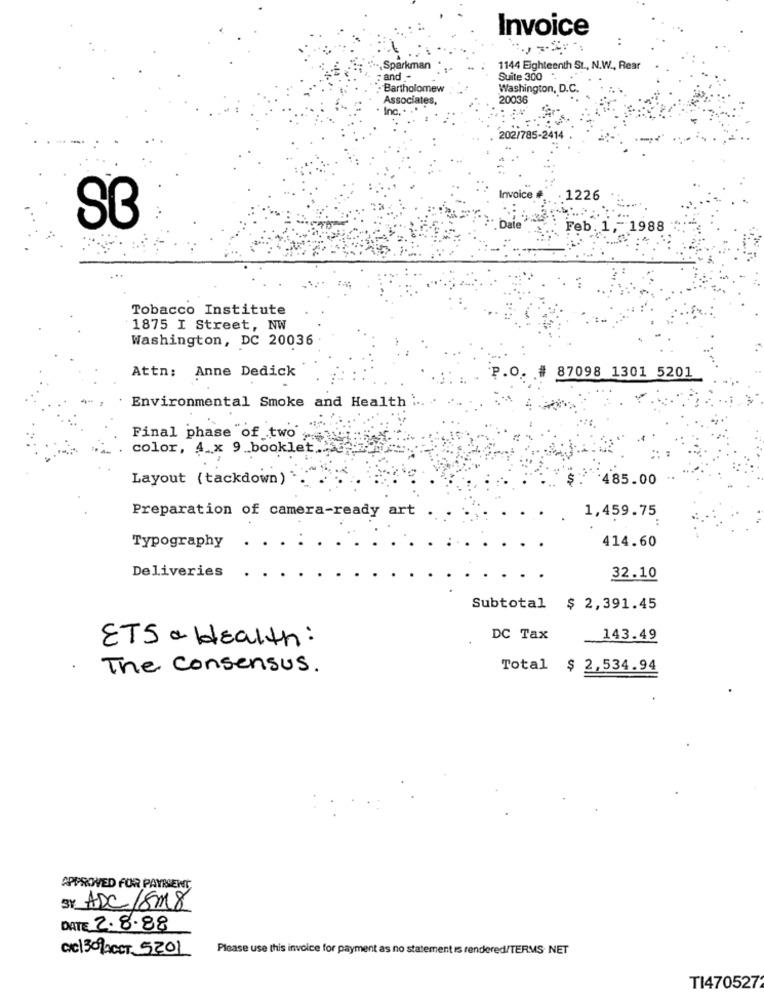
Invoice
Sparkman
1144 Eighteenth St ., N.W ., Rear
: and -
Suite 300
Bartholomew
Washington, D.C.
Associates,
20036
202/785-2414
Invoice
1226
Feb. 1 ,- 1988
Tobacco Institute
1875 I Street, NW
Washington, DC 20036
Attn: Anne Dedick
P.O. # 87098 1301 5201
Environmental Smoke and Health ...
Final phase of two
color, 4_x 9_booklet ...
Layout (tackdown)
485.00 .
Preparation of camera-ready art
1,459.75
414.60
Typography
Deliveries
32.10
Subtotal $ 2,391.45
ETS & Health :
DC Tax
143.49
The consensus .
Total $ 2,534.94
APPROVED FOR PAYMENT
SY ADC/8M8
DATE 2.8.88
cic1 309ACCT 5201
Please use this invoice for payment as no statement is rendered/TERMS. NET
TI470527